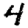
Digit: 4